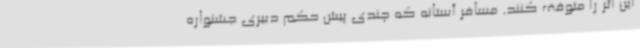
این اثر را متوقف کنند. مسافر آستانه که چندی پیش حکم دبیری جشنواره